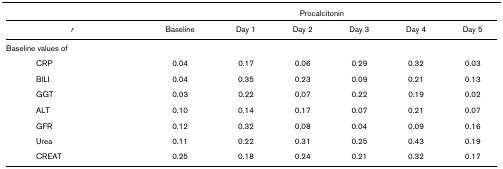
<table><thead><tr><td></td><td colspan="6"><b>Procalcitonin</b></td></tr></thead><tbody><tr><td><i>r</i></td><td>Baseline</td><td>Day 1</td><td>Day 2</td><td>Day 3</td><td>Day 4</td><td>Day 5</td></tr><tr><td>Baseline values of</td><td></td><td></td><td></td><td></td><td></td><td></td></tr><tr><td>CRP</td><td>0.04</td><td>0.17</td><td>0.06</td><td>0.29</td><td>0.32</td><td>0.03</td></tr><tr><td>BILI</td><td>0.04</td><td>0.35</td><td>0.23</td><td>0.09</td><td>0.21</td><td>0.13</td></tr><tr><td>GGT</td><td>0.03</td><td>0.22</td><td>0.07</td><td>0.22</td><td>0.19</td><td>0.02</td></tr><tr><td>ALT</td><td>0.10</td><td>0.14</td><td>0.17</td><td>0.07</td><td>0.21</td><td>0.07</td></tr><tr><td>GFR</td><td>0.12</td><td>0.32</td><td>0.08</td><td>0.04</td><td>0.09</td><td>0.16</td></tr><tr><td>Urea</td><td>0.11</td><td>0.22</td><td>0.31</td><td>0.25</td><td>0.43</td><td>0.19</td></tr><tr><td>CREAT</td><td>0.25</td><td>0.18</td><td>0.24</td><td>0.21</td><td>0.32</td><td>0.17</td></tr></tbody></table>